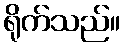
ရိုက်သည်။